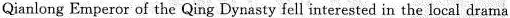
Qianlong Emperor of the Qing Dynasty fell interested in the local drama